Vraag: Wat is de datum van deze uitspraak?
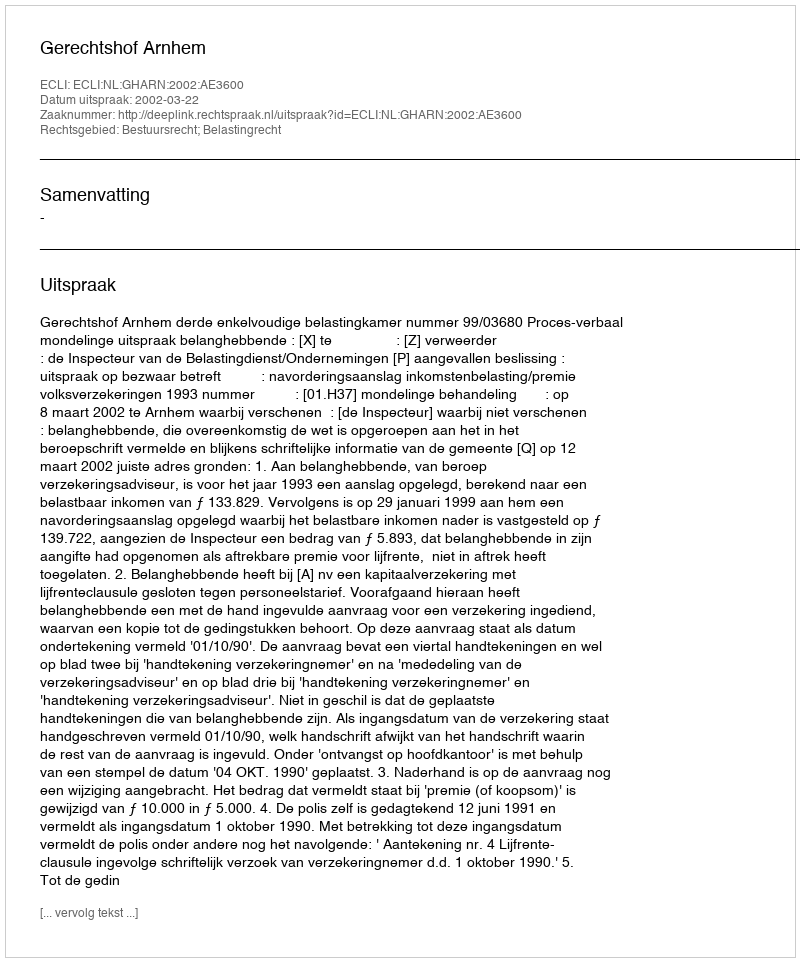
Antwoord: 2002-03-22